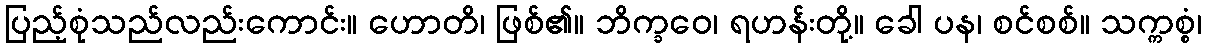
ပြည့်စုံသည်လည်းကောင်း။ ဟောတိ၊ ဖြစ်၏။ ဘိက္ခဝေ၊ ရဟန်းတို့။ ခေါ ပန၊ စင်စစ်။ သက္ကစ္စံ၊